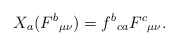
\begin{align*}X_{a}(F^{b}{}_{\mu \nu })=f^{b}{}_{ca}F^{c}{}_{\mu \nu }.\end{align*}